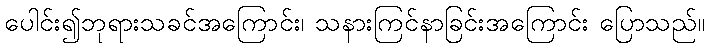
ပေါင်း၍ဘုရားသခင်အကြောင်း၊ သနားကြင်နာခြင်းအကြောင်း ပြောသည်။